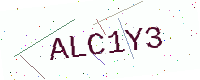
Text: ALC1Y3